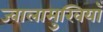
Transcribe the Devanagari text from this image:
ज्वालामुखियाँ